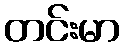
တင်းမာ